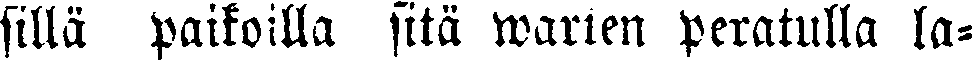
sillä paikoilla sitä warten peratulla la-